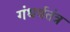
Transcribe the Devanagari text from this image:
गंधर्वतंत्र